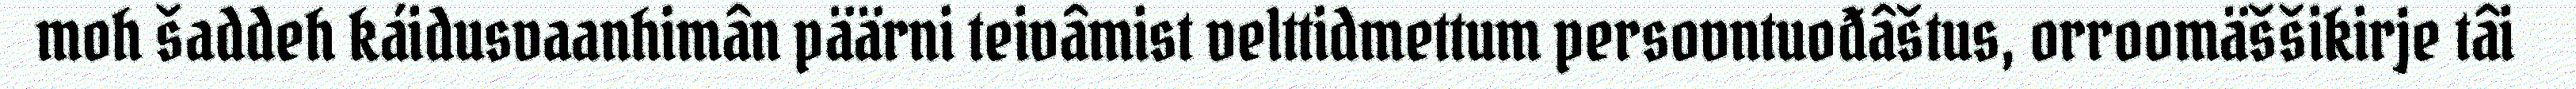
moh šaddeh káidusvaanhimân päärni teivâmist velttidmettum persovntuođâštus, orroomäššikirje tâi